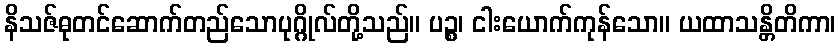
နိသဇ်ဓုတင်ဆောက်တည်သောပုဂ္ဂိုလ်တို့သည်။ ပဉ္စ၊ ငါးယောက်ကုန်သော။ ယထာသန္တိတိကာ၊